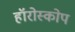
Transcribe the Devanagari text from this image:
हॉरोस्कोप